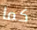
كما